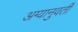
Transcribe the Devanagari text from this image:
अग्यानुवर्ती